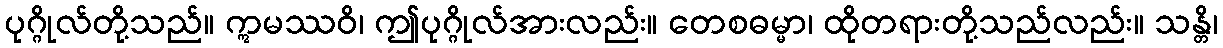
ပုဂ္ဂိုလ်တို့သည်။ ဣမဿဝိ၊ ဤပုဂ္ဂိုလ်အားလည်း။ တေစဓမ္မာ၊ ထိုတရားတို့သည်လည်း။ သန္တိ၊